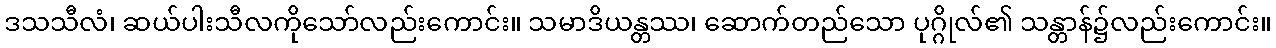
ဒသသီလံ၊ ဆယ်ပါးသီလကိုသော်လည်းကောင်း။ သမာဒိယန္တဿ၊ ဆောက်တည်သော ပုဂ္ဂိုလ်၏ သန္တာန်၌လည်းကောင်း။